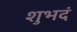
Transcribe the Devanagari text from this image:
शुभदं